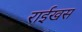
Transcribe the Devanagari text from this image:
राईखस